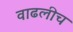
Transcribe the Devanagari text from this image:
वाढलीच